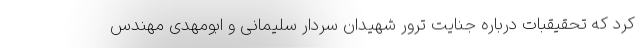
کرد که تحقیقبات درباره جنایت ترور شهیدان سردار سلیمانی و ابومهدی مهندس